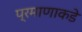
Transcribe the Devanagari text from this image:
प्रमाणाकडे